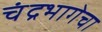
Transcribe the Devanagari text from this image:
चंद्रभागेचा